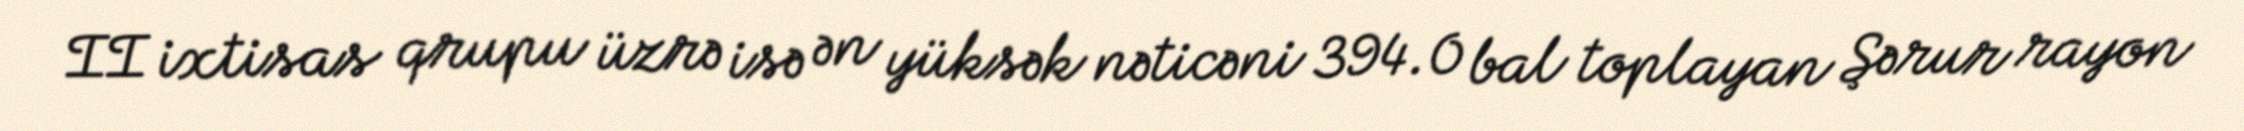
II ixtisas qrupu üzrə isə ən yüksək nəticəni 394.0 bal toplayan Şərur rayon